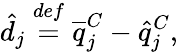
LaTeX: \hat{d}_{j}\overset{def}{=}\overline{{q}}_{j}^{C}-\hat{q}_{j}^{C},